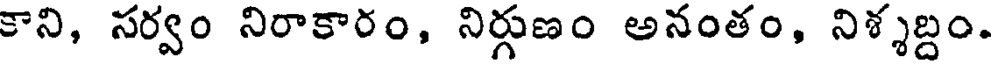
కాని, సర్వం నిరాకారం, నిర్గుణం అనంతం, నిశ్శబ్దం.